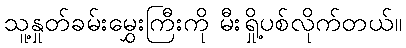
သူ့နှုတ်ခမ်းမွှေးကြီးကို မီးရှို့ပစ်လိုက်တယ်။